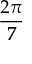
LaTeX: \frac { 2 \pi } { 7 }